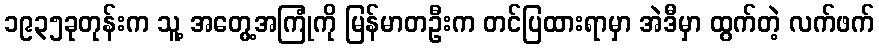
၁၉၃၅ခုတုန်းက သူ့ အတွေ့အကြုံကို မြန်မာတဦးက တင်ပြထားရာမှာ အဲဒီမှာ ထွက်တဲ့ လက်ဖက်